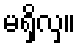
မရှိလှ။